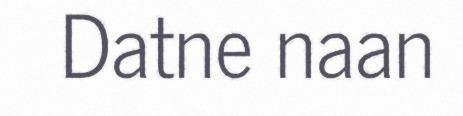
Datne naan